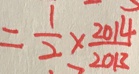
= \frac { 1 } { 2 } \times \frac { 2 0 1 4 } { 2 0 1 3 }